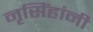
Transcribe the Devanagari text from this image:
नृसिंहांनी